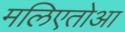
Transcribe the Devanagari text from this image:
मलिएतोआ